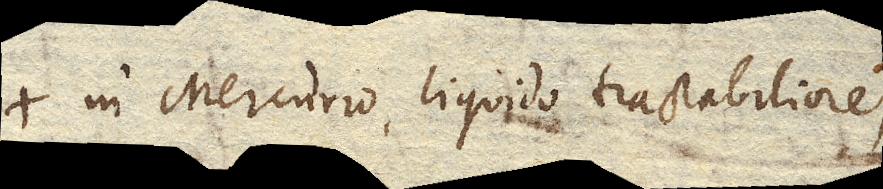
in Mercurio, liquido tractabiliore